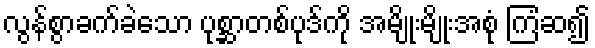
လွန်စွာခက်ခဲသော ပုစ္ဆာတစ်ပုဒ်ကို အမျိုးမျိုးအစုံ ကြံဆ၍